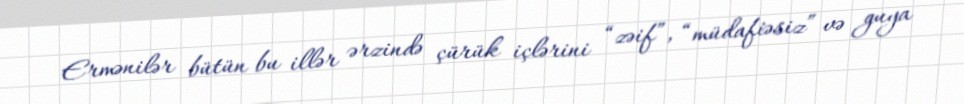
Ermənilər bütün bu illər ərzində çürük içlərini “zəif”, “müdafiəsiz” və guya